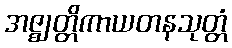
အဇ္ဈတ္တိကာယတနသုတ္တံ